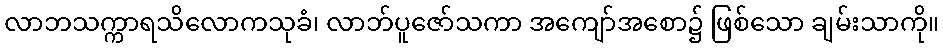
လာဘသက္ကာရသိလောကသုခံ၊ လာဘ်ပူဇော်သကာ အကျော်အစော၌ ဖြစ်သော ချမ်းသာကို။